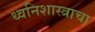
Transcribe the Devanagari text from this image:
ध्वनिशास्त्राचा